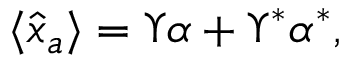
\begin{array} { r } { \langle \hat { x } _ { a } \rangle = \Upsilon \alpha + \Upsilon ^ { \ast } \alpha ^ { \ast } , } \end{array}